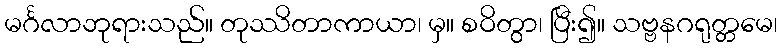
မင်္ဂလာဘုရားသည်။ တုဿိတာကာယာ၊ မှ။ စဝိတွာ၊ ပြီး၍။ သဗ္ဗနဂရုတ္တမေ၊